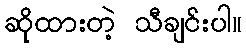
ဆိုထားတဲ့ သီချင်းပါ။